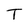
Character: T